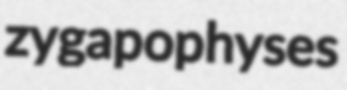
zygapophyses